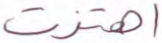
اهتزت